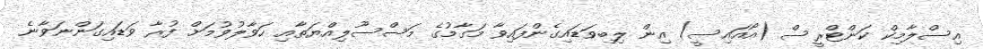
އިސްލާމިކް ކަންޓްރީސް (އޯއަައިސީ) އިން ލިބިވަޑައިގެންފައިވާ މަގާމުގެ މަސްސޫލިއްޔަތާއި ހަވާލުވުމަށް ފުރާ ވަޑައިގަންނަވާނެ